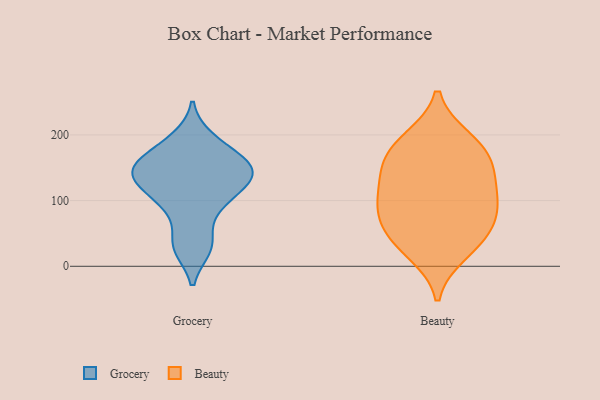
{"axis": {"x": "Bounce Rate (%)", "y": "Value"}, "legend": ["Beauty", "Grocery"], "data": [{"x": "", "y": 174, "type": "Grocery"}, {"x": "", "y": 156, "type": "Grocery"}, {"x": "", "y": 28, "type": "Grocery"}, {"x": "", "y": 131, "type": "Grocery"}, {"x": "", "y": 145, "type": "Grocery"}, {"x": "", "y": 34, "type": "Grocery"}, {"x": "", "y": 151, "type": "Grocery"}, {"x": "", "y": 142, "type": "Grocery"}, {"x": "", "y": 121, "type": "Grocery"}, {"x": "", "y": 87, "type": "Grocery"}, {"x": "", "y": 194, "type": "Grocery"}, {"x": "", "y": 102, "type": "Grocery"}, {"x": "", "y": 169, "type": "Beauty"}, {"x": "", "y": 76, "type": "Beauty"}, {"x": "", "y": 130, "type": "Beauty"}, {"x": "", "y": 191, "type": "Beauty"}, {"x": "", "y": 155, "type": "Beauty"}, {"x": "", "y": 93, "type": "Beauty"}, {"x": "", "y": 20, "type": "Beauty"}, {"x": "", "y": 110, "type": "Beauty"}, {"x": "", "y": 31, "type": "Beauty"}, {"x": "", "y": 98, "type": "Beauty"}, {"x": "", "y": 152, "type": "Beauty"}, {"x": "", "y": 61, "type": "Beauty"}, {"x": "", "y": 51, "type": "Beauty"}, {"x": "", "y": 194, "type": "Beauty"}]}